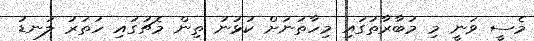
މެސީ ވަނީ މި މުބާރާތުގައި މިހާތަނަށް ކުޅުނު ތިން މެޗުގައި ހަތަރު ލަނޑު